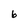
Character: 6